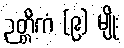
ဉတ္တိကံ (၉) မျိုး